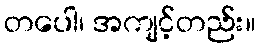
တပေါ၊ အကျင့်တည်း။